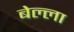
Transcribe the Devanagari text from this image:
बेल्ला